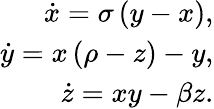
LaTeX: \begin{array}{r}{\dot{x}=\sigma\left(y-x\right),}\\ {\dot{y}=x\left(\rho-z\right)-y,}\\ {\dot{z}=xy-\beta z.}\end{array}